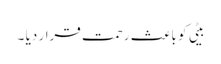
بیٹی کو باعث رحمت قرار دیا ۔